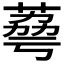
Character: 𦴾